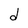
Character: d